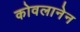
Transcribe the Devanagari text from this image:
कोवलानेन